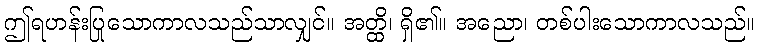
ဤရဟန်းပြုသောကာလသည်သာလျှင်။ အတ္ထိ၊ ရှိ၏။ အညော၊ တစ်ပါးသောကာလသည်။